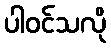
ပါဝင်သလို